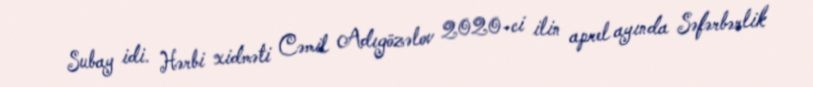
Subay idi. Hərbi xidməti Cəmil Adıgözəlov 2020-ci ilin aprel ayında Səfərbərlik